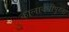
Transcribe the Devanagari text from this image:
कालावधीपुरता